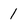
Character: 1